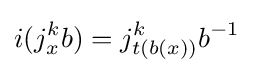
i(j_{x}^{k}b)=j_{t(b(x))}^{k}b^{-1}